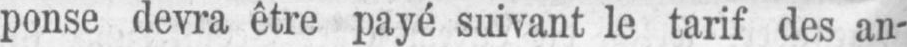
ponse devra être payé suivant le tarif des an-